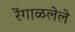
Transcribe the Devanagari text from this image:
रेंगाळलेले